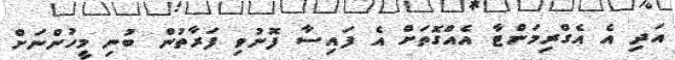
އަދި އެ އެގްރިމަންޓާ އެއްގޮތަށް އެ ފައިސާ ފޮނުވި ފަރާތުން ބުނި މީހުންނަށް